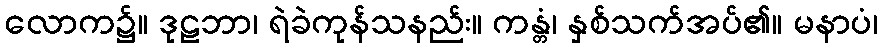
လောက၌။ ဒုဠဘာ၊ ရဲခဲကုန်သနည်း။ ကန္တံ၊ နှစ်သက်အပ်၏။ မနာပံ၊